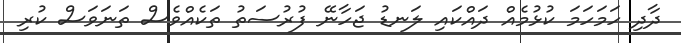
ދާދި ހަމަހަމަ ކުޅުމެއް ދައްކައި ލަނޑު ޖަހާނޭ ފުރުސަތު ތަކެއްވެސް ތަނަވަސް ކުރި